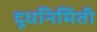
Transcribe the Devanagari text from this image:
दूधनिर्मिती